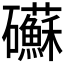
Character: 𥗹